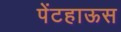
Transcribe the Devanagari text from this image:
पेंटहाऊस